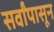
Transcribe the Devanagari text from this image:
सर्वांपासून